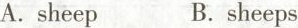
（）A.sheep B.sheeps